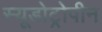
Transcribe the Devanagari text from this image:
स्यूडोट्रोपीन